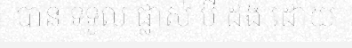
បាន ទទួល ផ្លាស់ បី ដង ដោយ